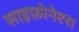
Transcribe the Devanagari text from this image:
साइफ़ोनेप्टरा